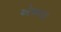
એબલા